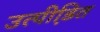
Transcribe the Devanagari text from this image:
उत्पीडि़त